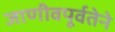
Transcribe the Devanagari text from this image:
जाणीवपूर्वतेने